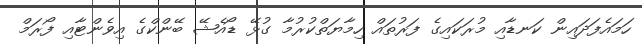
ހަމައެފަދައިން ކަނޑާއި މުރަކައިގެ ފަރުތައް ހިމާޔަތްކުރުމާ ގުޅޭ ޑޯއެޝޭ ބޭންކްގެ އިވެންޓާއި ފޯރަމް